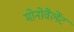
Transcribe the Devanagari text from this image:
मोनोवैलेंट